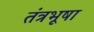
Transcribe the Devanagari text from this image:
तंत्रभूषा